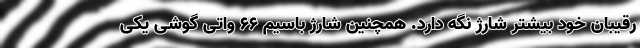
رقیبان خود بیشتر شارژ نگه دارد. همچنین شارژ باسیم 66 واتی گوشی یکی